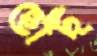
ছোট্